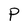
Character: P